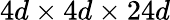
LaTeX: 4d\times 4d\times 24d